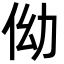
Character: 㑃